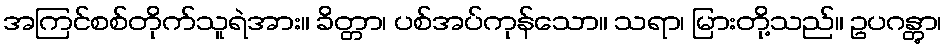
အကြင်စစ်တိုက်သူရဲအား။ ခိတ္တာ၊ ပစ်အပ်ကုန်သော။ သရာ၊ မြားတို့သည်။ ဥပဂန္တွာ၊